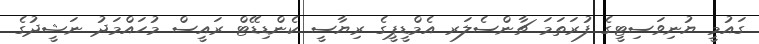
ގައުމީ ޔުނިވަސިޓީގެ ފުރަތަމަ ޗާންސެލަރ އެމްޑީޕީގެ ރިޔާސީ ކެންޑިޑޭޓް ރައީސް މުހައްމަދު ނަޝީދުގެ